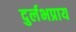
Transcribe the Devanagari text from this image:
दुर्लभप्राय